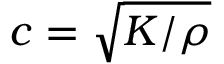
c = { \sqrt { K / \rho } }